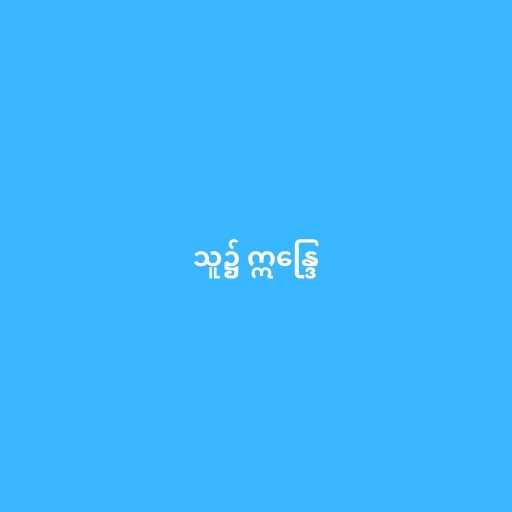
သူ၌ ဣန္ဒြေ